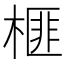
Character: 榧